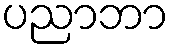
ပညာဘာ